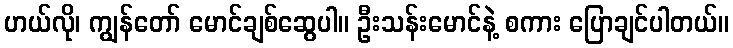
ဟယ်လို၊ ကျွန်တော် မောင်ချစ်ဆွေပါ။ ဦးသန်းမောင်နဲ့ စကား ပြောချင်ပါတယ်။